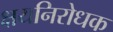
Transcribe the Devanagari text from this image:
क्षयनिरोधक